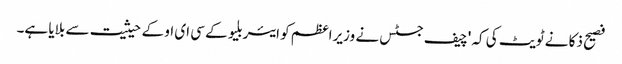
فصیح ذکا نے ٹویٹ کی کہ 'چیف جسٹس نے وزیراعظم کو ایئربلیو کے سی ای او کے حیثیت سے بلایا ہے۔